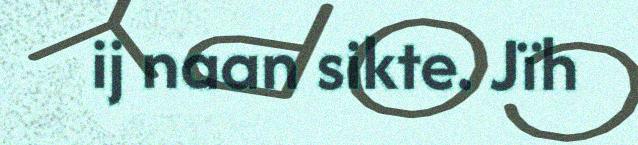
ij naan sikte. Jïh